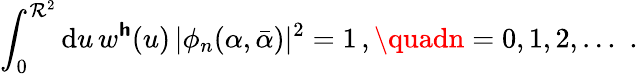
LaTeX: \int_{0}^{\mathcal{R}^{2}}\mathrm{{d}}u\, w^{\boldsymbol{\mathsf{{h}}}}(u)\, \vert\phi_{n}(\alpha,\bar{{\alpha}})\vert^{2}=1\, ,\quadn=0,1,2,\dotsc\, \, .